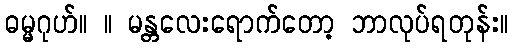
ဓမ္မဂုဟ်။ ။ မန္တလေးရောက်တော့ ဘာလုပ်ရတုန်း။